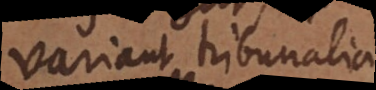
variant tribunalia